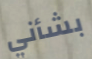
بشأني